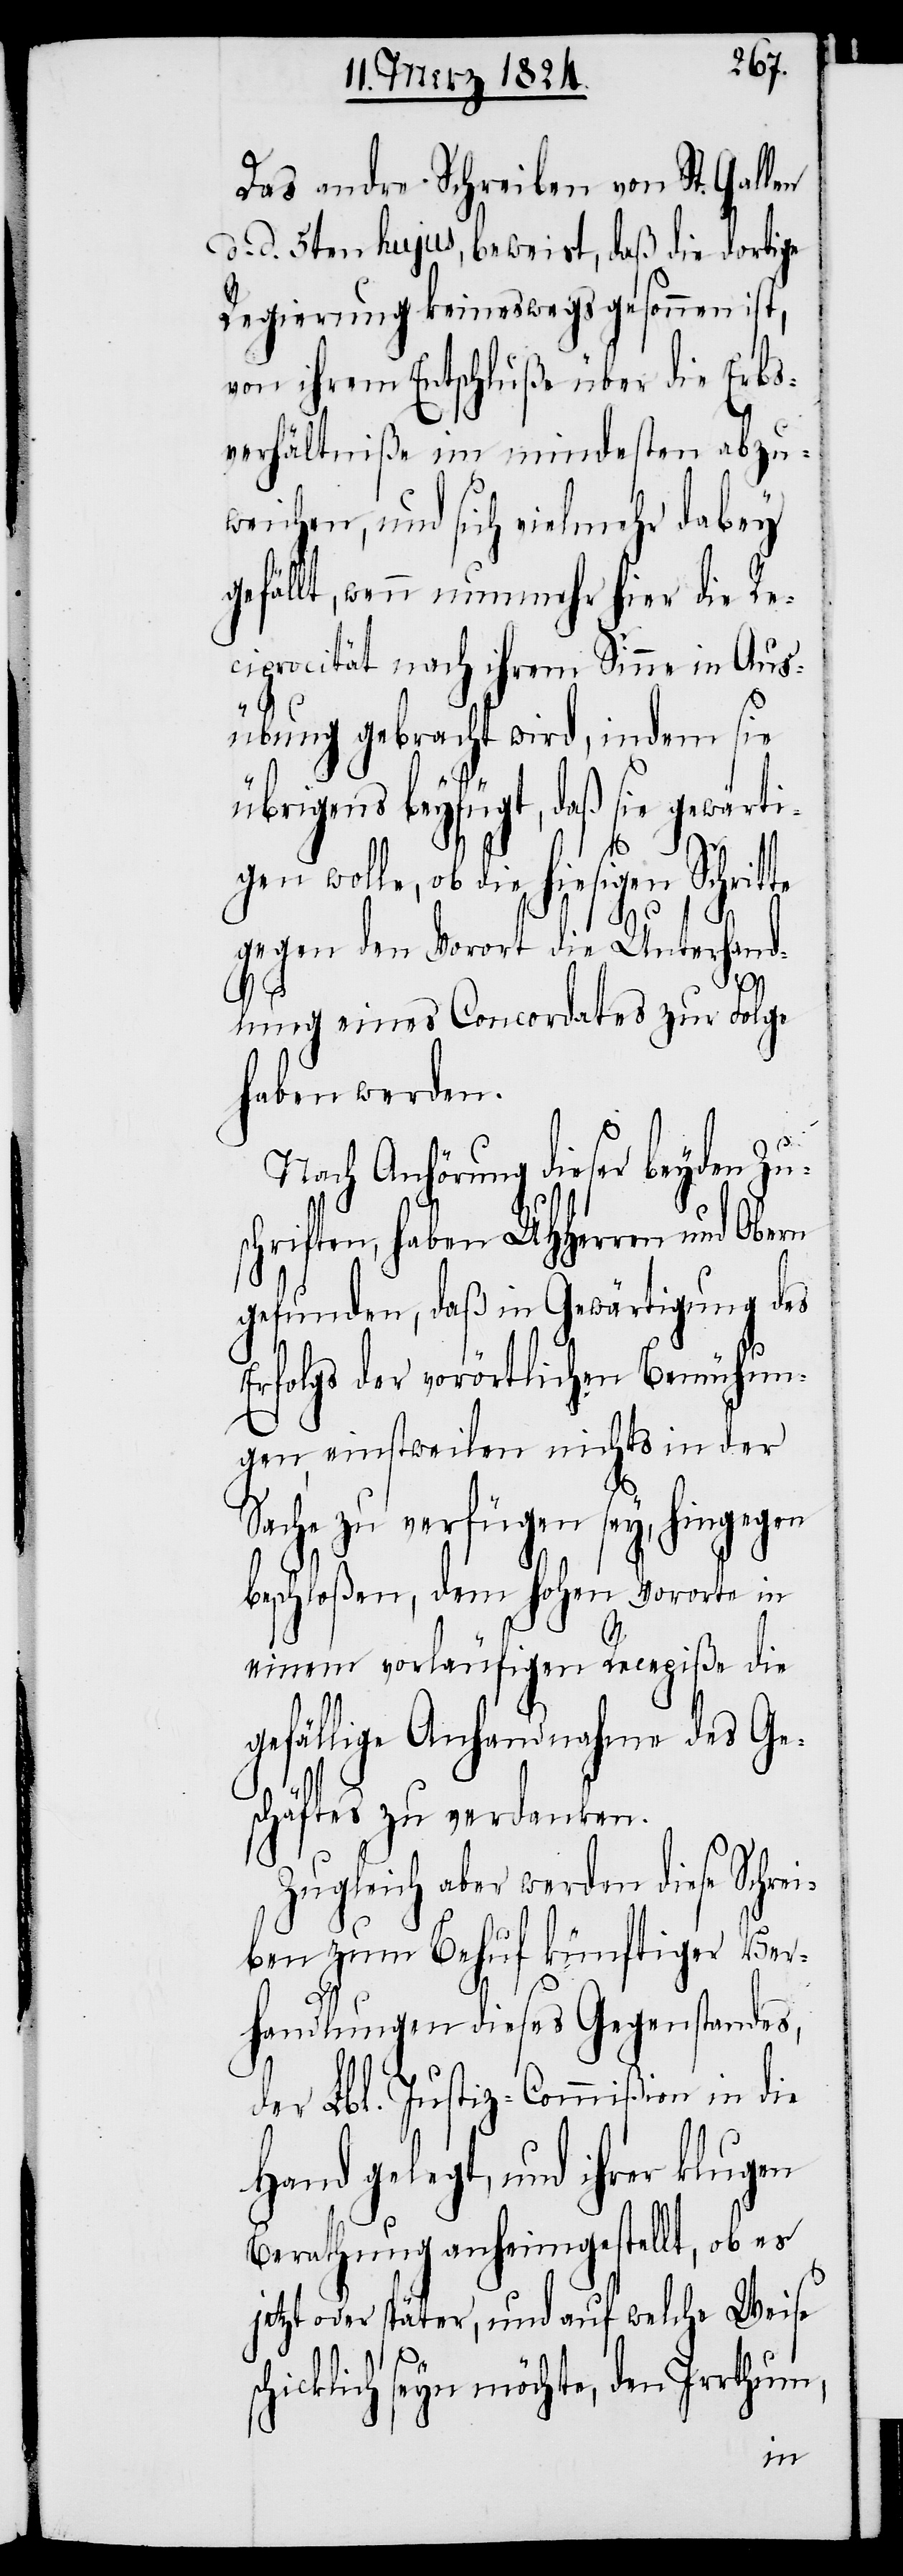
Das andre Schreiben von St. Gallen
d. d. 5ten hujus, beweist, daß die dortige
Regierung keineswegs gesonnen ist,
von ihrem Entschluße über die Erbs¬
verhältniße im mindesten abzu¬
weichen, und sich vielmehr dabey
gefällt, wenn nunmehr hier die Re¬
ciprocität nach ihrem Sinne in Aus¬
s¬
übung gebraucht wird, indem sie
übrigens beyfügt, daß sie gewär¬
gen wolle, ob die hiesigen Schritte
ti¬
gegen den Vorort die Unterhand¬
lung eines Concordates zur Folge
haben werden.
Nach Anhörung dieser beyden Zus¬
chriften, haben UHHerren und Obern
gefunden, daß in Gewärtigung des
Erfolgs der vorörtlichen Bemühun¬
gen, einstweilen nichts in der
Sache zu verfügen sey, hingegen
beschloßen, dem hohen Vororte in
einem vorläufigen Recepiße die
gefällige Anhandnahme des Ge¬
schäftes zu verdanken.
Zugleich aber werden diese Schrei¬
ben zum Behuf künftiger Ver¬
handlungen dieses Gegenstandes,
der Lbl. Justiz-Commißion in die
Hand gelegt, und ihrer klugen
Berathung anheimgestellt, ob es
jetzt oder später, und auf welche Weise
chicklich seyn möchte, den Irrthum,